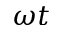
\omega t